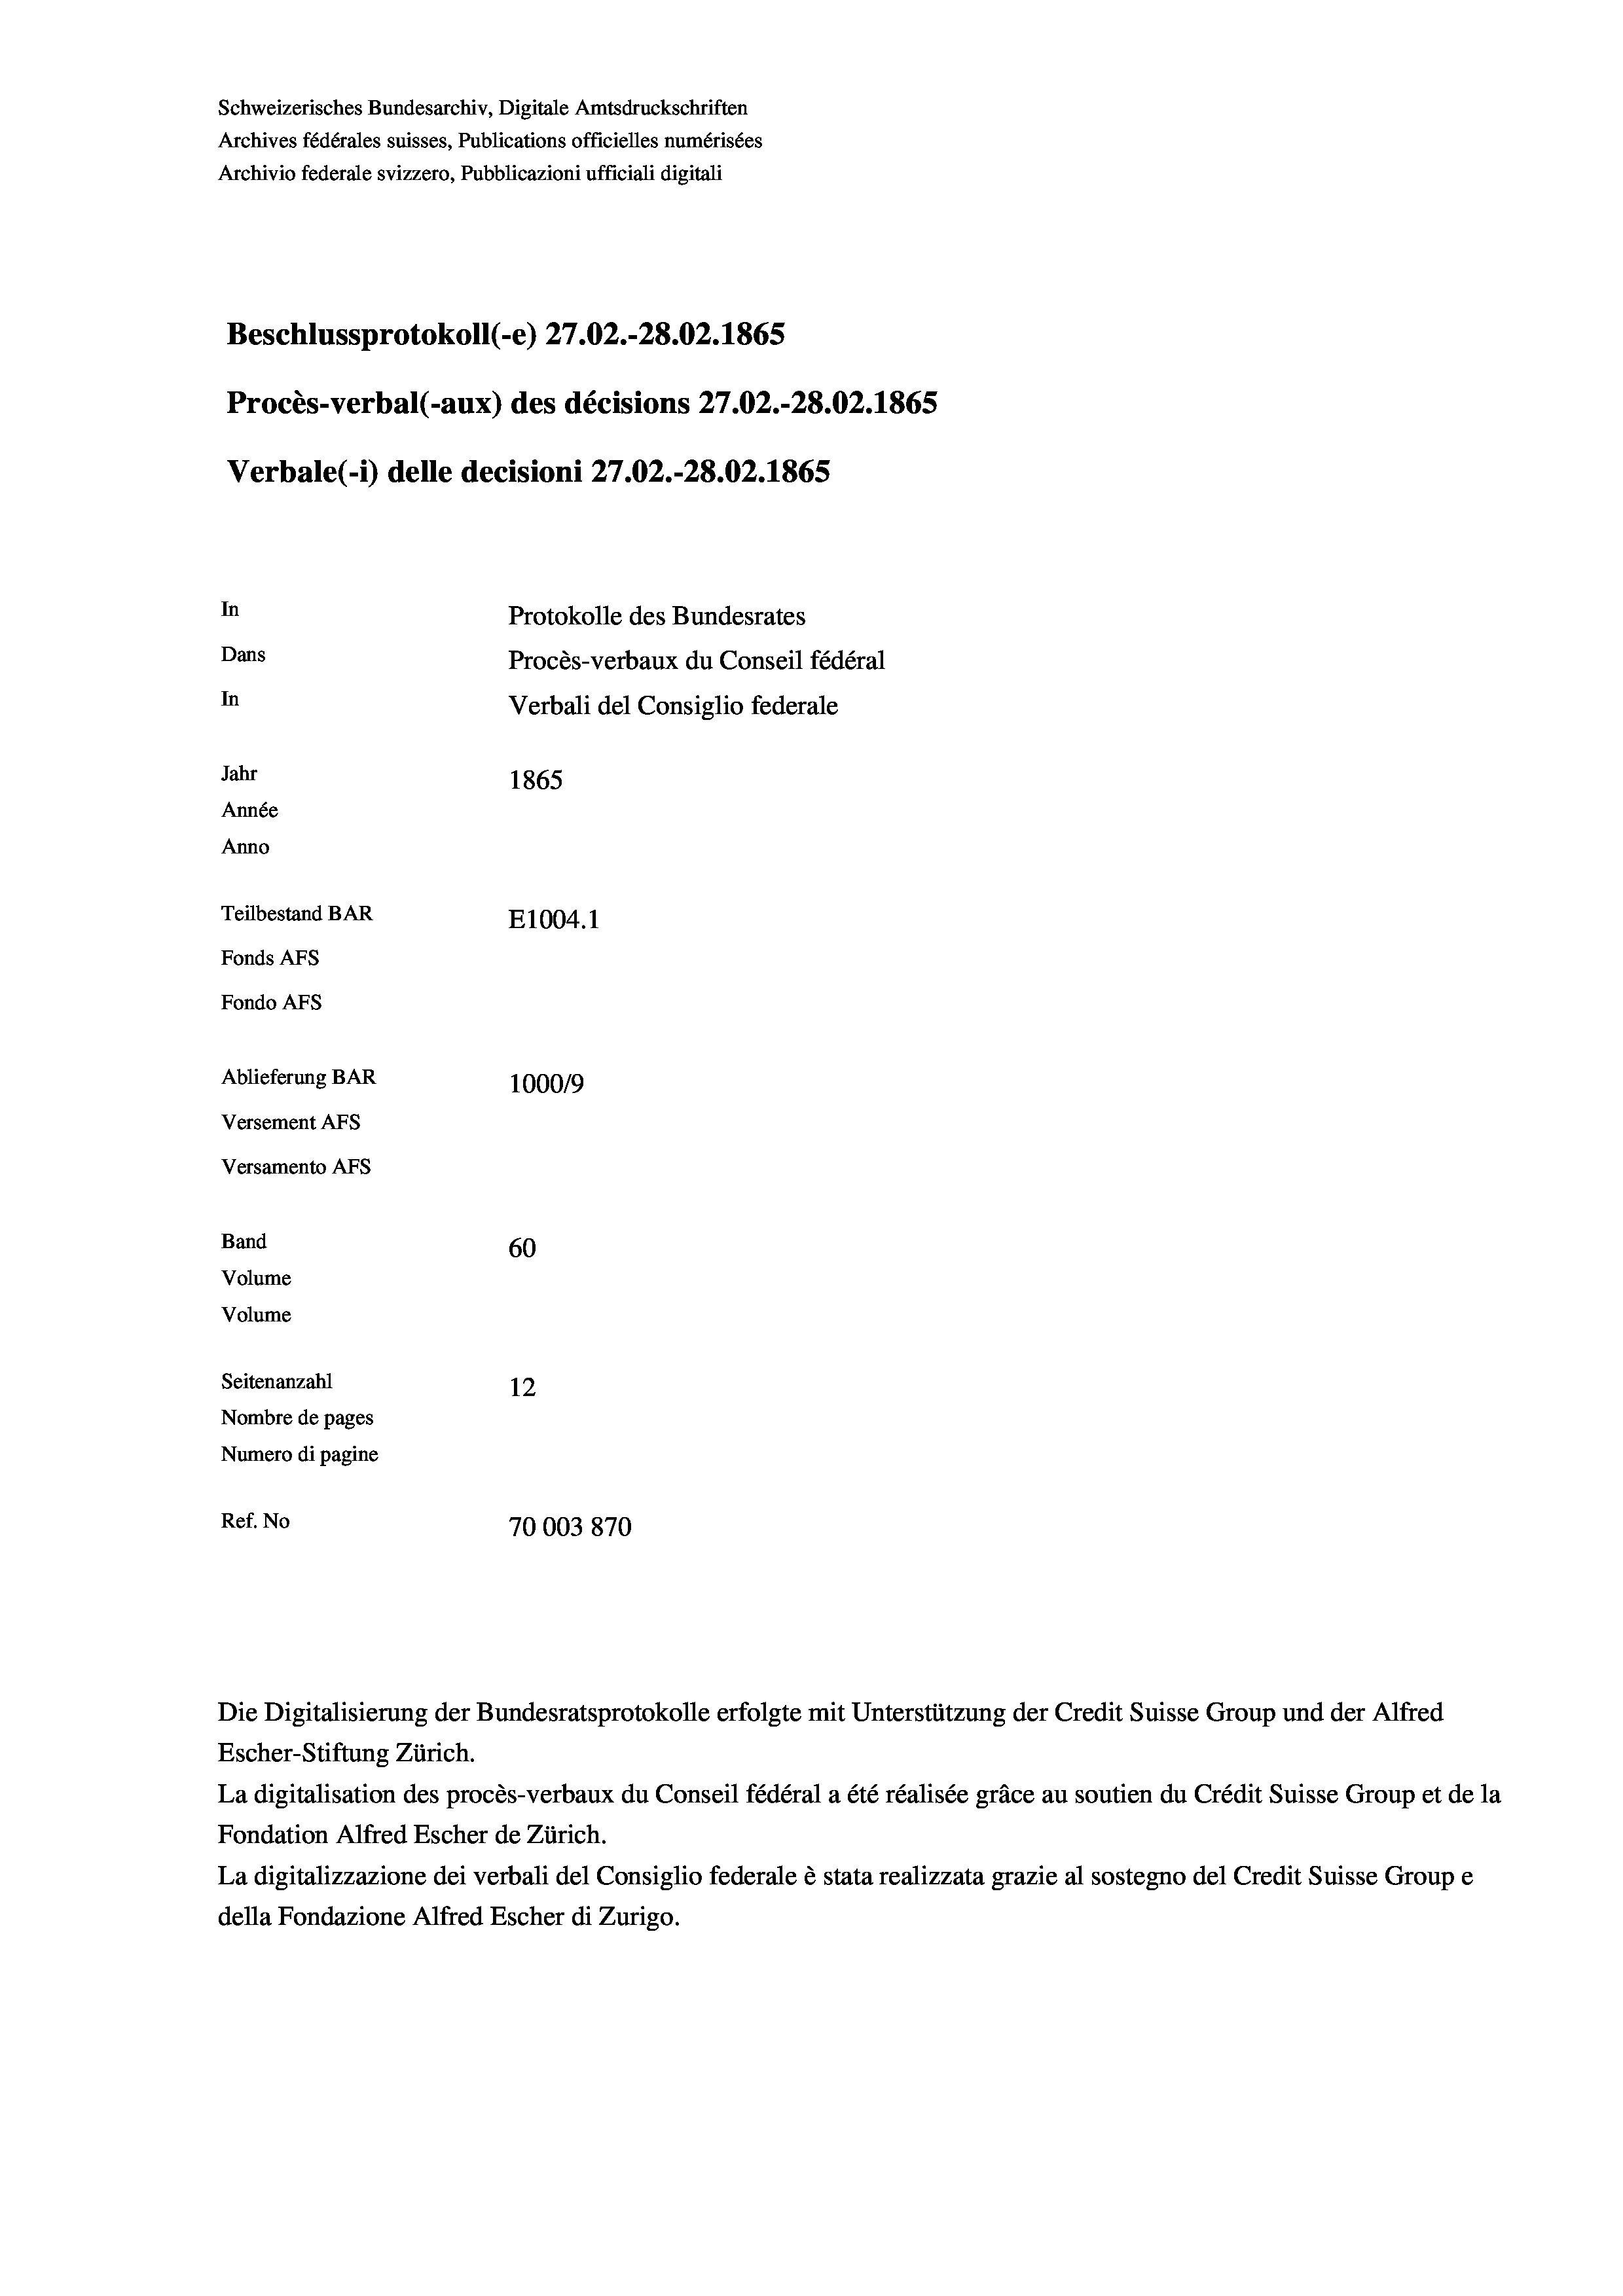
Schweizerisches Bundesarchiv, Digitale Amtsdruckschriften
Archives fédérales suisses, Publications officielles numérisées
Archivio federale svizzero, Pubblicazioni ufficiali digitali
Beschlussprotokoll (-e) 27.02.-28.02. 1865
Procès-verbal (-aux) des décisions 27.02.-28.02. 1865
Verbale(- 1) delle decisioni 27.02.-28.02. 1865
In
Protokolle des Bundesrates
Dans
Procès-verbaux du Conseil fédéral
In
Verbali del Consiglio federale
Jahr
1865
Année
Anno
Teilbestand BAR
E1004.1
Fonds AFs
Fondo Afs
Ablieferung BAR
100019
Versement AFs
Versamento AFs
Band
60
Volume
Volume

Seitenanzahl
12
Nombre de pages
Numero di pagine
Ref. No
70003870

La digitalisation des procès-verbaux du Conseil fédéral a été réalisée gräce au soutien du Crédit Suisse Group et de la
Fondation Alfred Escher de Zürich.
La digitalizzazione dei verbali del Consiglio federale è stata realizzata grazie al sostegno del Credit Suisse Groupe
della Fondazione Alfred Escher di Zurigo.

Die Digitalisierung der Bundesratsprotokolle erfolgte mit Unterstützung der Credit Suisse Group und der Alfred
Escher-Stiftung Zürich.